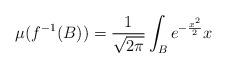
LaTeX: \begin{align*}\mu(f^{-1}(B))=\frac{1}{\sqrt{2\pi}}\int_Be^{-\frac{x^2}{2}}x\end{align*}